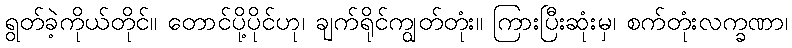
ရွတ်ခဲ့ကိုယ်တိုင်။ တောင်ပို့ပိုင်ဟု၊ ချက်ရိုင်ကျွတ်တုံး။ ကြားပြီးဆုံးမှ၊ စက်တုံးလက္ခဏာ၊